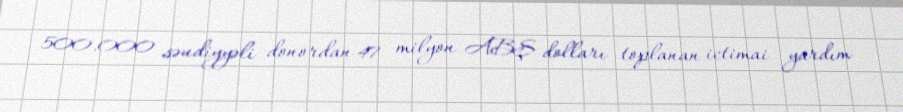
500.000 səudiyyəli donordan 47 milyon ABŞ dolları toplanan ictimai yardım